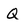
Character: Q